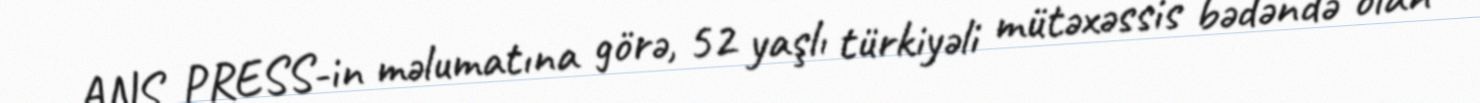
ANS PRESS-in məlumatına görə, 52 yaşlı türkiyəli mütəxəssis bədəndə olan